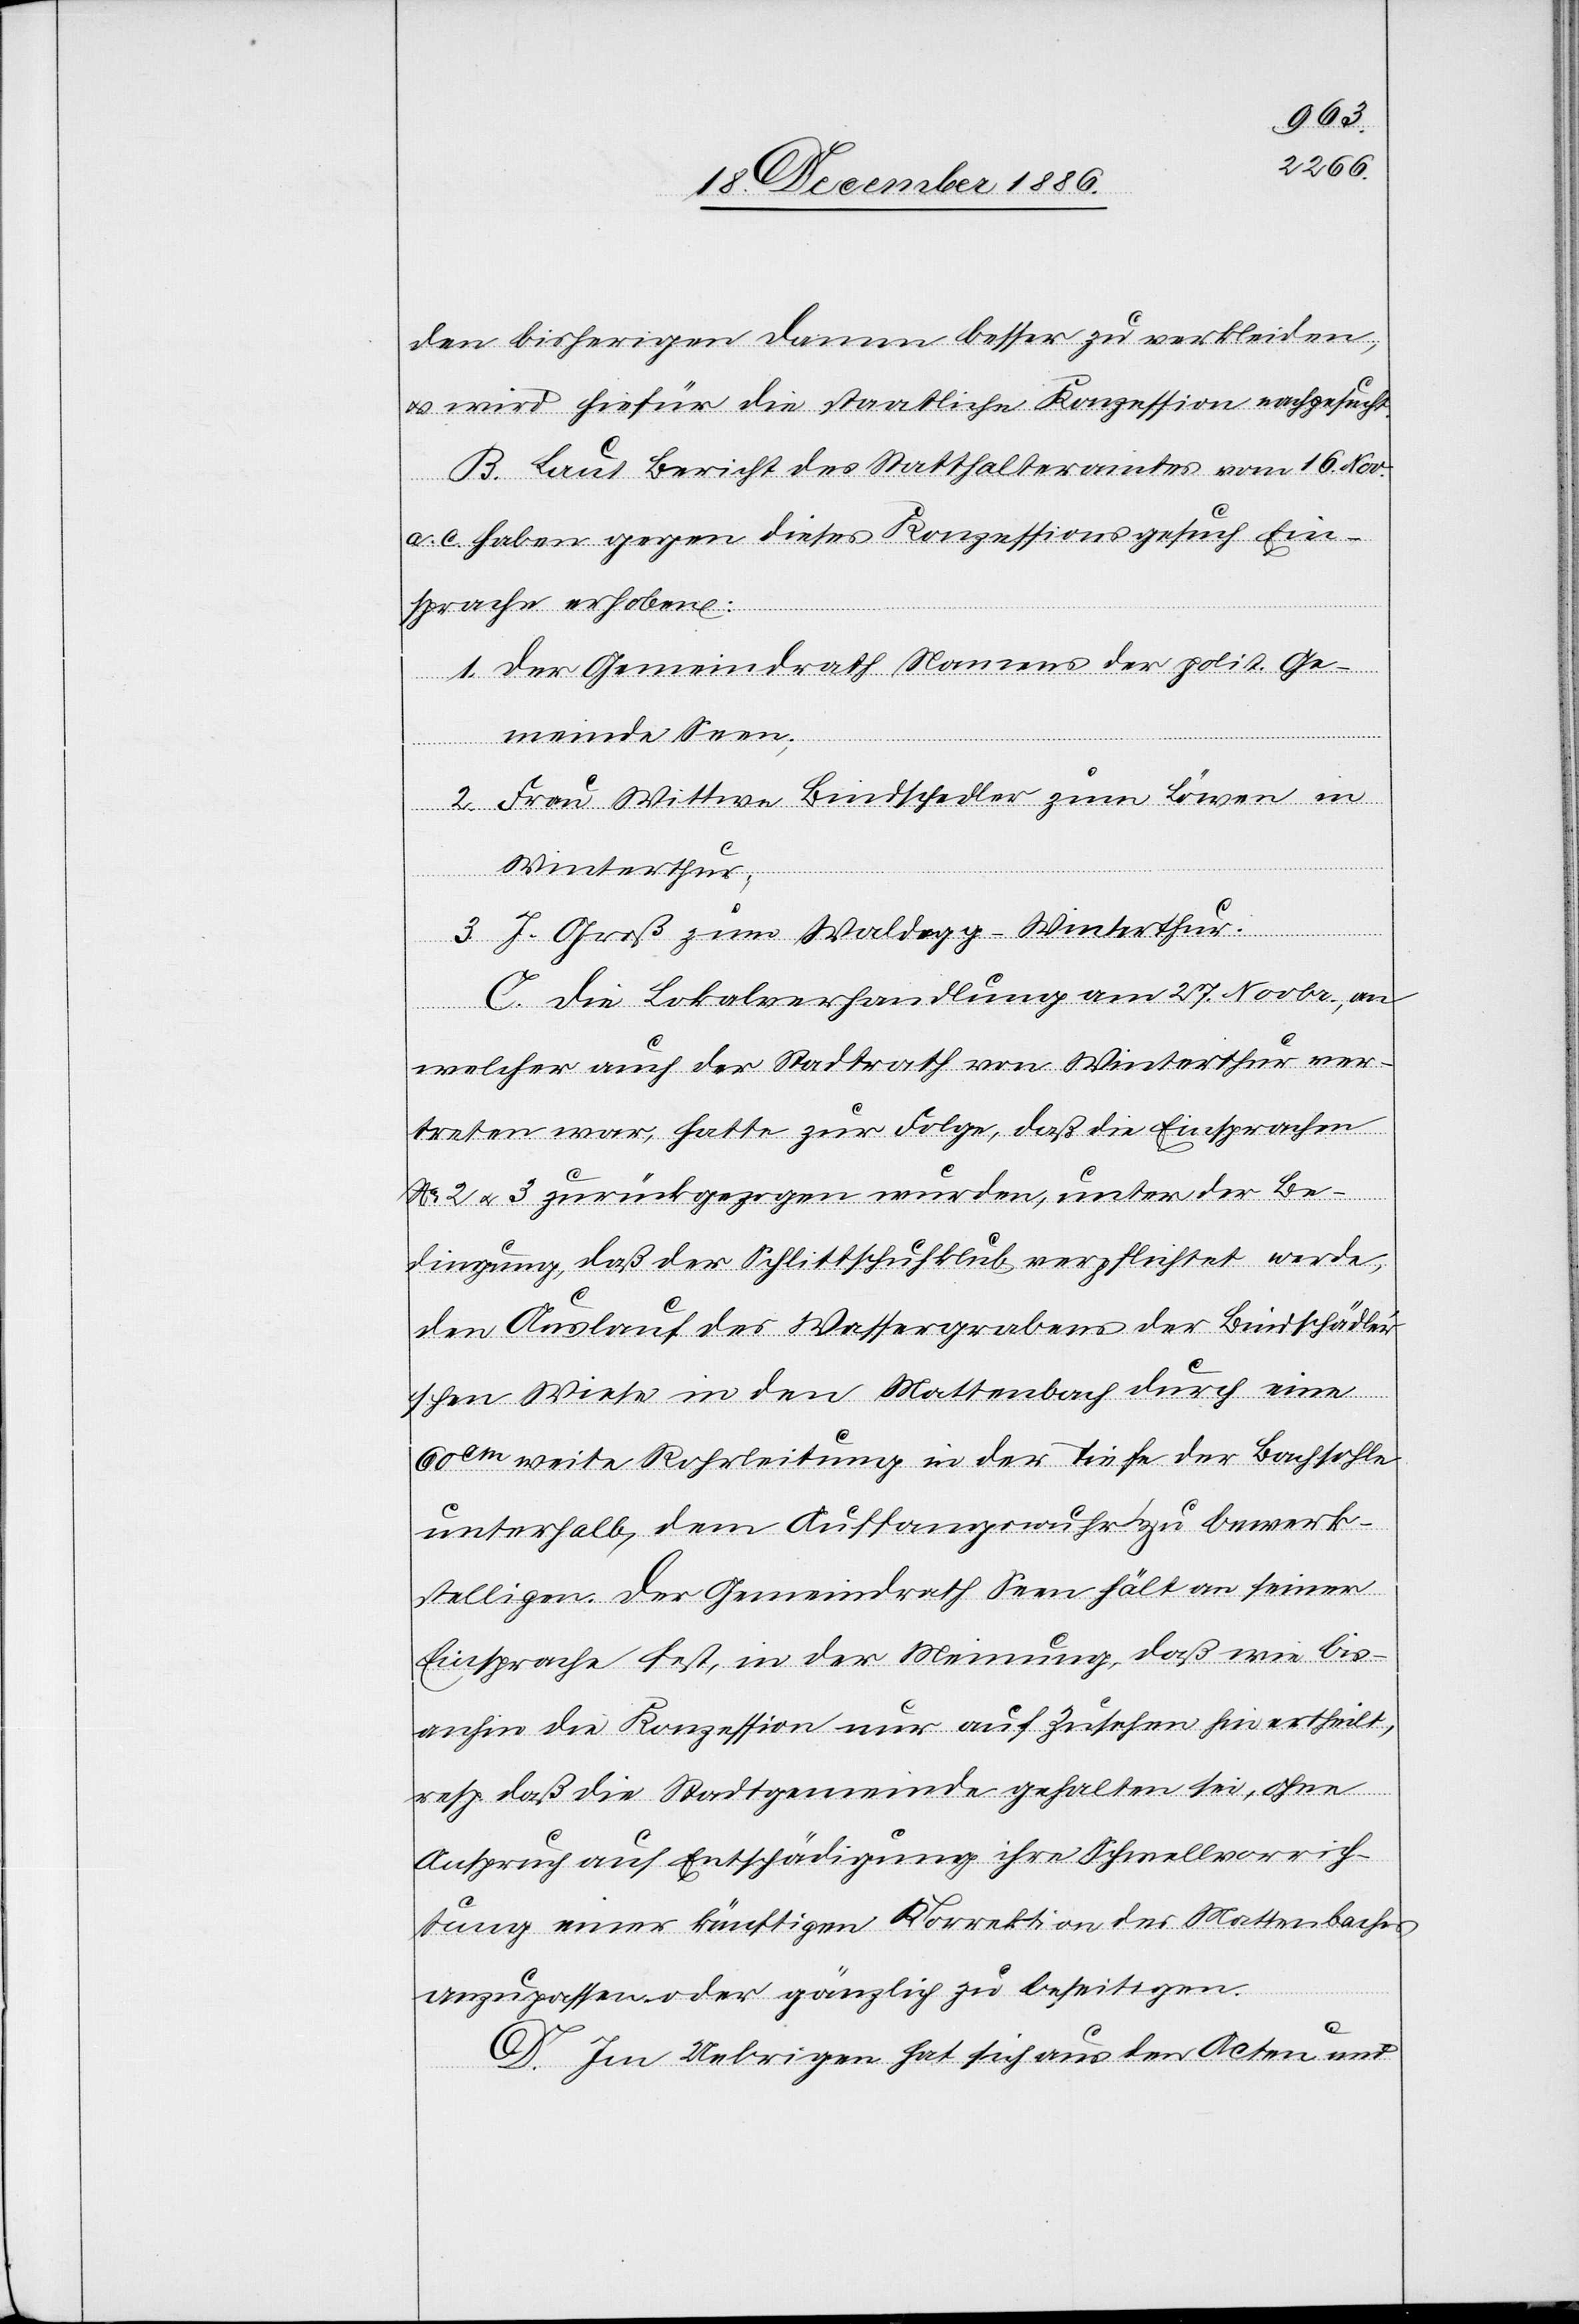
den bisherigen Damm besser zu verkleiden,
& wird hiefür die staatliche Konzession nachgesucht.
B. Laut Bericht des Statthalteramtes vom 16. Nov.
a. c. haben gegen dieses Konzessionsgesuch Ein¬
sprache erhoben:
1. Der Gemeindrath Namens der polit. Ge¬
meinde Seen;
2. Frau Wittwe Bindschedler zum Löwen in
Winterthur;
3. J. Groß zum Waldegg - Winterthur.
C. Die Lokalverhandlung am 27. Novbr., an
welcher auch der Stadtrath von Winterthur ver¬
treten war, hatte zur Folge, daß die Einsprachen
No 2 & 3 zurückgezogen wurden, unter der Be¬
dingung, daß der Schlittschuhklub verpflichtet werde,
den Auslauf des Wassergrabens der Bindschädler’s¬
chen Wiese in den Mattenbach durch eine
60cm weite Rohrleitung in der Tiefe der Bachsohle
unterhalb dem Auffangswuhr zu bewerk¬
stelligen. Der Gemeindrath Seen hält an seiner
Einsprache fest, in der Meinung, daß wie bis¬
anhin die Konzession nur auf Zusehen hin ertheilt,
resp. daß die Stadtgemeinde gehalten sei, ohne
Anspruch auf Entschädigung ihre Schwellvorrich¬
tung einer künftigen Korrektion des Mattenbaches
anzupassen oder gänzlich zu beseitigen.
D. Im Uebrigen hat sich aus den Acten und